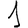
Digit: 1